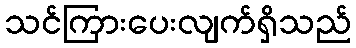
သင်ကြားပေးလျက်ရှိသည်